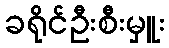
ခရိုင်ဦးစီးမှူး